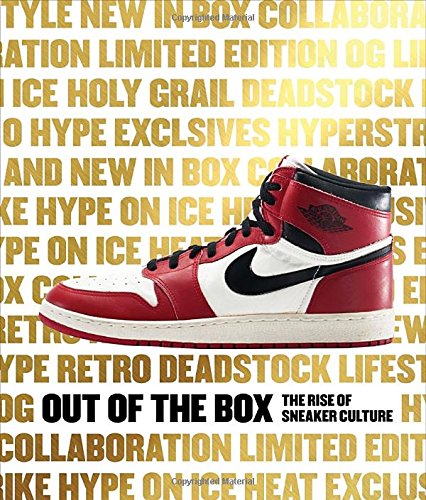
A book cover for Out of the Box: The Rise of Sneaker Culture; Elizabeth Semmelhack; Humor & Entertainment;